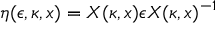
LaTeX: \eta ( \epsilon , \kappa , x ) = X ( \kappa , x ) \epsilon X ( \kappa , x ) ^ { - 1 }